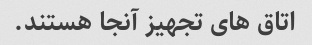
اتاق های تجهیز آنجا هستند.